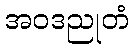
အဝဒညုတံ